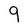
Character: q